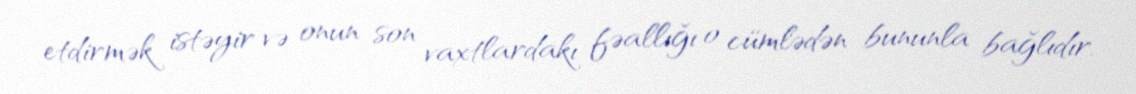
etdirmək istəyir və onun son vaxtlardakı fəallığı o cümlədən bununla bağlıdır.